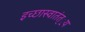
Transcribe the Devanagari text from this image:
इच्छास्वातंत््रय